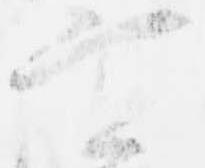
実